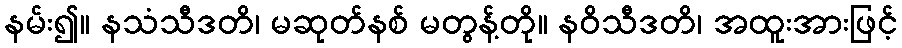
နမ်း၍။ နသံသီဒတိ၊ မဆုတ်နစ် မတွန့်တို။ နဝိသီဒတိ၊ အထူးအားဖြင့်